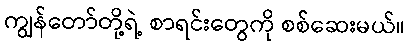
ကျွန်တော်တို့ရဲ့ စာရင်းတွေကို စစ်ဆေးမယ်။